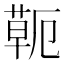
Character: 𦷖